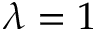
\lambda = 1